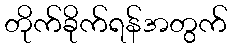
တိုက်ခိုက်ရန်အတွက်